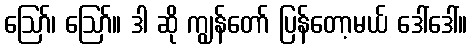
ဪ၊ ဪ။ ဒါ ဆို ကျွန်တော် ပြန်တော့မယ် ဒေါ်ဒေါ်။